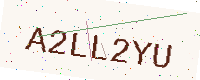
Text: A2LL2YU